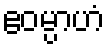
ဧဝမ္ပာဟံ